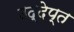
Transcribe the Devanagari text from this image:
उद्देप्त